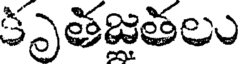
కృతజతలు